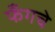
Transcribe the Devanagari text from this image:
फँगचे